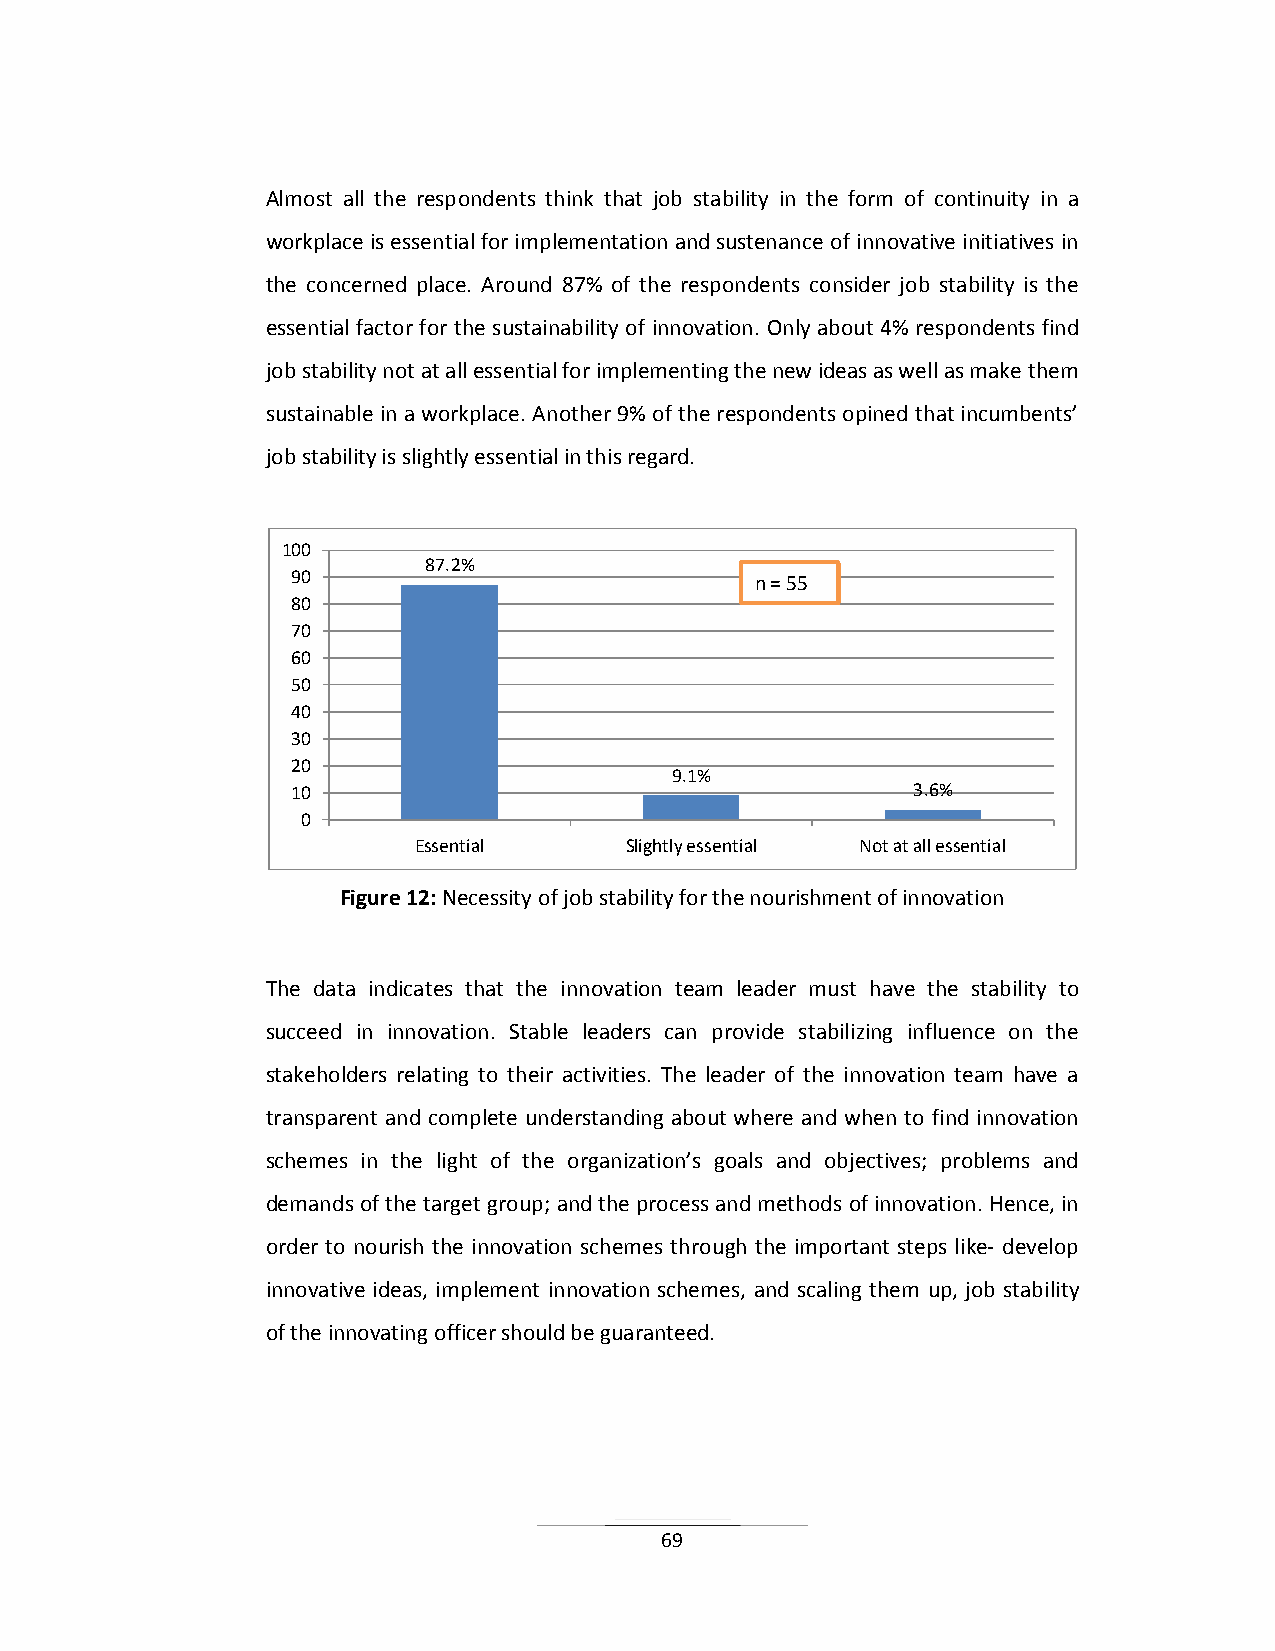
Almost all the respondents think that job stability in the form of continuity in a
 workplace is essential for implementation and sustenance of innovative initiatives in
 the concerned place. Around 87% of the respondents consider job stability is the
 essential factor for the sustainability of innovation. Only about 4% respondents find
 job stability not at all essential for implementing the new ideas as well as make them
 sustainable in a workplace. Another 9% of the respondents opined that incumbents’
 job stability is slightly essential in this regard.
 100
 87.2%
 90                             n = 55
 80
 70
 60
 50
 40
 30
 20
 9.1%
 10                                       3.6%
 0
 Essential     Slightly essential Not at all essential
 Figure 12: Necessity of job stability for the nourishment of innovation
 The data indicates that the innovation team leader must have the stability to
 succeed in innovation. Stable leaders can provide stabilizing influence on the
 stakeholders relating to their activities. The leader of the innovation team have a
 transparent and complete understanding about where and when to find innovation
 schemes in the light of the organization’s goals and objectives; problems and
 demands of the target group; and the process and methods of innovation. Hence, in
 order to nourish the innovation schemes through the important steps like- develop
 innovative ideas, implement innovation schemes, and scaling them up, job stability
 of the innovating officer should be guaranteed.
 69